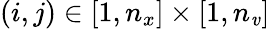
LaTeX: (i,j)\in[1,n_{x}]\times[1,n_{\mathit{v}}]